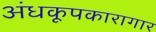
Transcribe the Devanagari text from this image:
अंधकूपकारागार